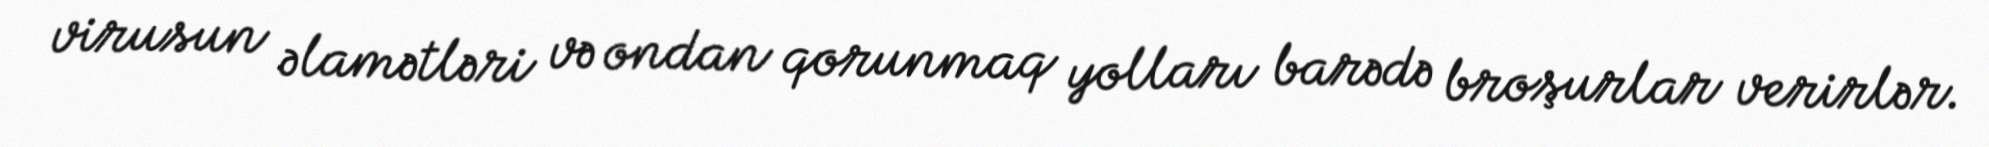
virusun əlamətləri və ondan qorunmaq yolları barədə broşurlar verirlər.